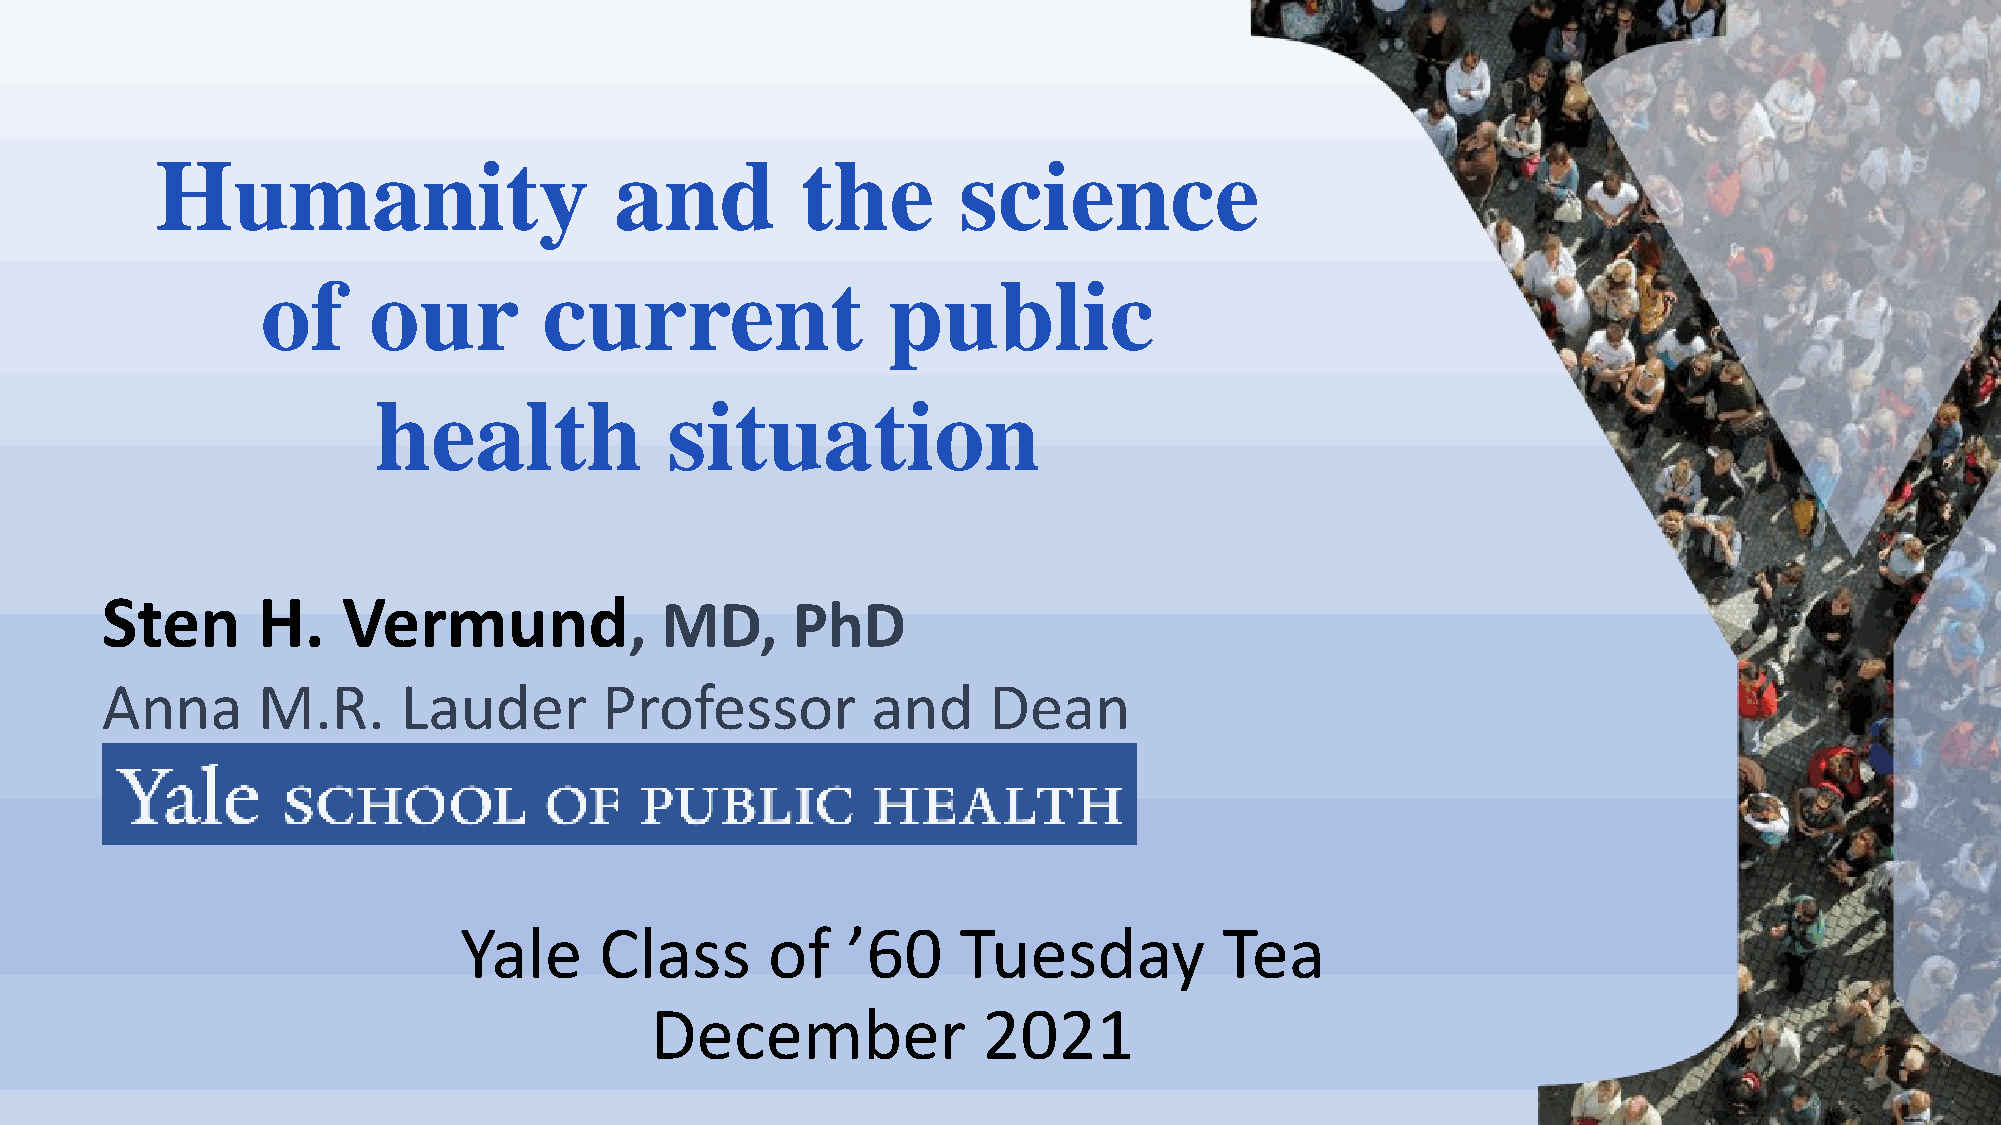
Humanity                       and         the       science
 of     our         current                public
 health             situation
 Sten      H.    Vermund,             MD,     PhD
 Anna      M.R.     Lauder        Professor         and    Dean
 Yale      Class      of   ’60    Tuesday           Tea
 December              2021